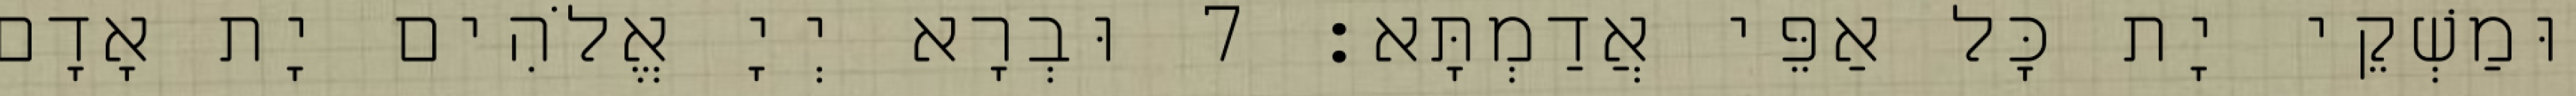
וּמַשְׁקֵי יָת כָּל אַפֵּי אֲדַמְתָּא׃ 7 וּבְרָא יְיָ אֱלֹהִים יָת אָדָם